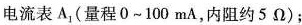
电流表A_{1}，(量程0~100mA，内阻约5\Omega)；